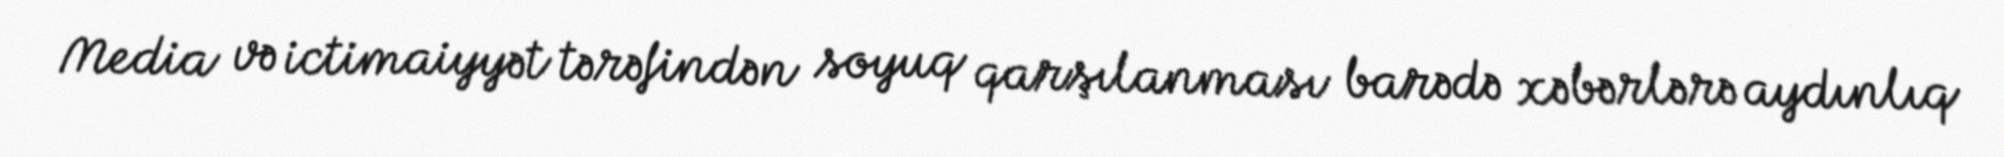
Media və ictimaiyyət tərəfindən soyuq qarşılanması barədə xəbərlərə aydınlıq